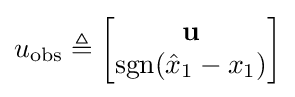
u_{\text{obs}}\triangleq {\begin{bmatrix}\mathbf {u} \\\operatorname {sgn} ({\hat {x}}_{1}-x_{1})\end{bmatrix}}